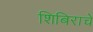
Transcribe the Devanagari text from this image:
शिबिराचे